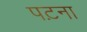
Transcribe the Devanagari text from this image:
पट़ना